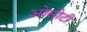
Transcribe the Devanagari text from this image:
ओसोटी